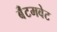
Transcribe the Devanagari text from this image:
बॅंटमवेट